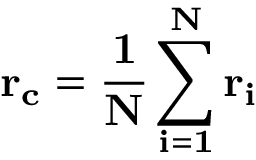
\bf { r _ { c } } = \frac { 1 } { N } \sum _ { i = 1 } ^ { N } \bf { r } _ { i }